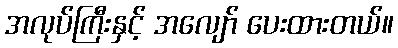
အလုပ်ကြီးနှင့် အလျော် ပေးထားတယ်။